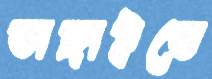
ভাঙ্গাইতে